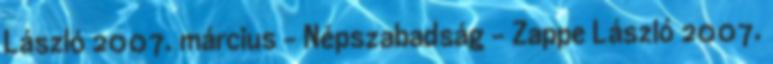
László 2007. március - Népszabadság - Zappe László 2007.